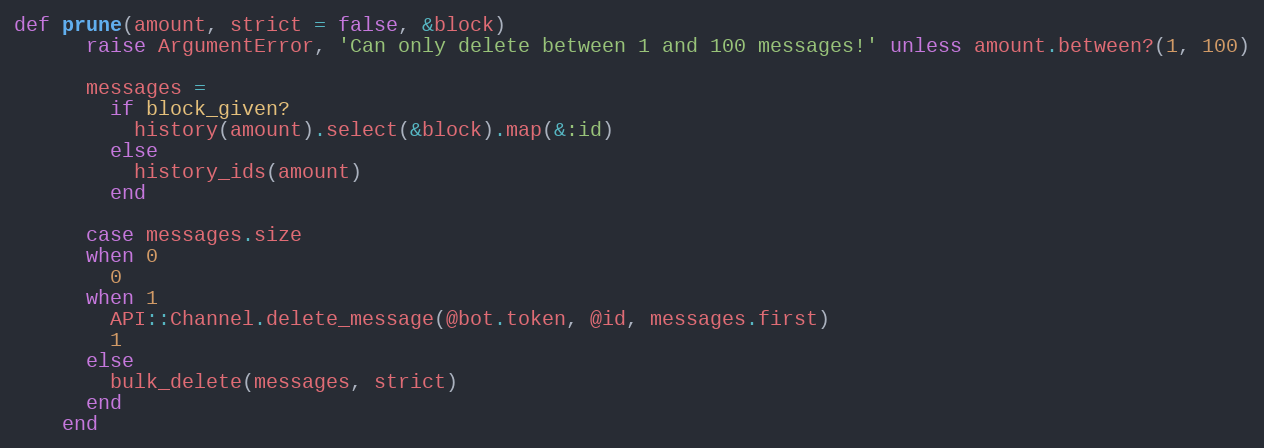
Language: Ruby
def prune(amount, strict = false, &block)
      raise ArgumentError, 'Can only delete between 1 and 100 messages!' unless amount.between?(1, 100)

      messages =
        if block_given?
          history(amount).select(&block).map(&:id)
        else
          history_ids(amount)
        end

      case messages.size
      when 0
        0
      when 1
        API::Channel.delete_message(@bot.token, @id, messages.first)
        1
      else
        bulk_delete(messages, strict)
      end
    end